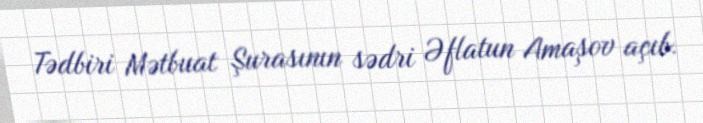
Tədbiri Mətbuat Şurasının sədri Əflatun Amaşov açıb.